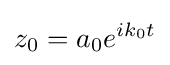
z_{0}=a_{0}e^{ik_{0}t}